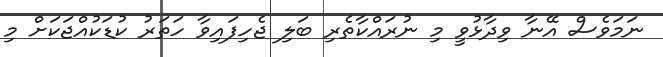
ނަމަވެސް އޭނާ ވިދާޅުވީ މި ނުރައްކާތެރި ބަލި ޖެހިފައިވާ ހަތަރު ކުޑަކުއްޖަކަށް މި